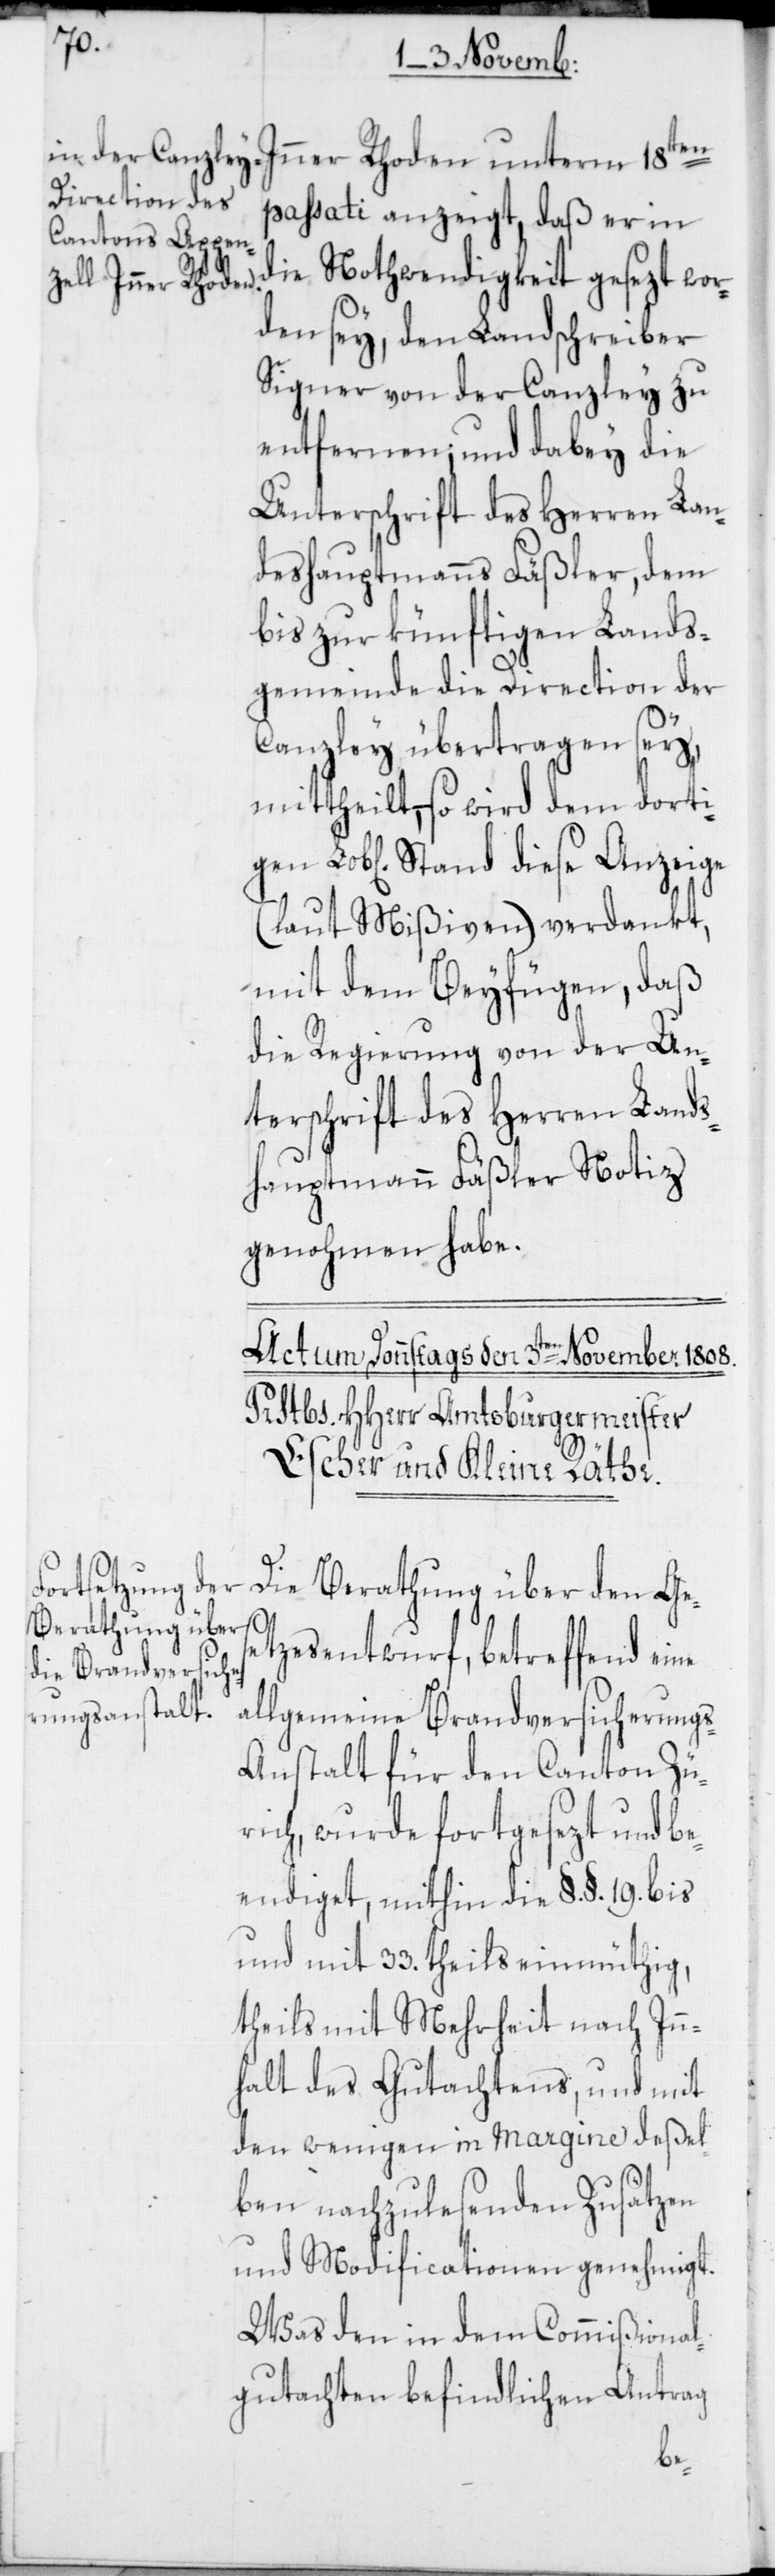
gen
Inner Rhoden unterm 18ten
passati anzeigt, daß er in
die Nothwendigkeit gesezt wor¬
den sey, den Landschreiber
Signer von der Canzley zu
entfernen; und dabey die
Unterschrift des Herren Lan¬
deshauptmanns Fäßler, dem
bis zur künftigen Lands¬
gemeinde die Direction der
Canzley übertragen sey,
mittheilt, – so wird dem dorti¬
(laut Mißiven) verdankt,
mit dem Beyfügen, daß
die Regierung von der Un¬
terschrift des Herren Lands¬
hauptmann Fäßler Notiz
genohmen habe.
Die Berathung über den Ges¬
etzesentwurf, betreffend eine
allgemeine Brandversicherung¬
s-Anstalt für den Canton Zü¬
rich, wurde fortgesezt und be¬
endiget, mithin die §. §. 19. bis
und mit 33. theils einmüthig,
theils mit Mehrheit nach Inn¬
halt des Gutachtens, und mit
den wenigen in margine deßel¬
ben nachzulesenden Zusätzen
und Modificationen genehmigt.
Was den in dem Commißional¬
gutachten befindlichen Antrag